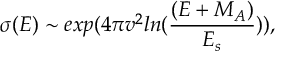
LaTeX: \sigma ( E ) \sim e x p ( 4 \pi v ^ { 2 } l n ( \frac { ( E + M _ { A } ) } { E _ { s } } ) ) ,